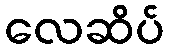
လေဆိပ်